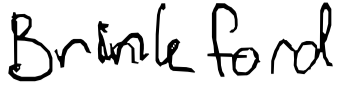
Text: Brinkford
Cross-out: clean
Writing tool: digital_black